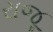
રાજૂ